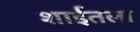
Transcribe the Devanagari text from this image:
शाईतला